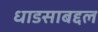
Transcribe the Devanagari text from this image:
धाडसाबद्दल